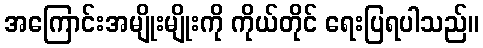
အကြောင်းအမျိုးမျိုးကို ကိုယ်တိုင် ရေးပြရပါသည်။